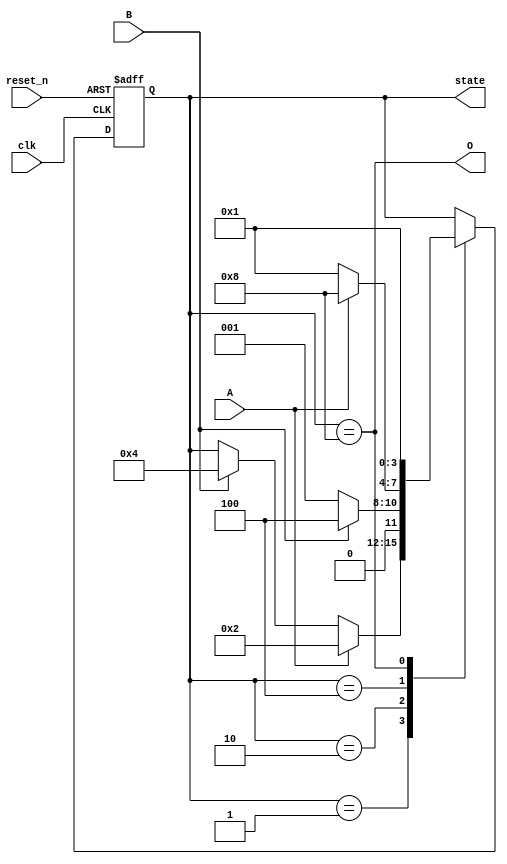
module abro_state_machine (
    input wire clk,
    input wire reset_n, // Active-low reset
    input wire A,
    input wire B,
    output wire O,
    output reg [3:0] state // 4-bit state for one-hot encoding
);

// One-hot encoded states
localparam IDLE = 4'b0001,
           STATE_A = 4'b0010,
           STATE_B = 4'b0100,
           STATE_O = 4'b1000;

// State transition logic
always @(posedge clk or negedge reset_n) begin
    if (~reset_n) begin
        state <= IDLE;
    end else begin
        case (state)
            IDLE: begin
                if (A) state <= STATE_A;
                else if (B) state <= STATE_B;
            end
            STATE_A: begin
                if (B) state <= STATE_B;
                else state <= IDLE;
            end
            STATE_B: begin
                if (A) state <= STATE_O;
                else state <= IDLE;
            end
            STATE_O: begin
                state <= IDLE;
            end
        endcase
    end
end

// Output logic
assign O = (state == STATE_O);

endmodule